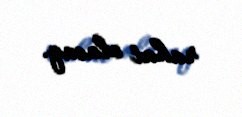
rahat olacaq.